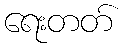
ရေးတတ်